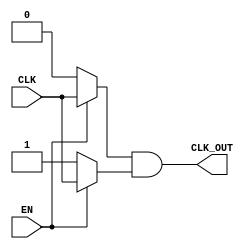
module clock_gating (
    input wire CLK,      // Primary clock signal
    input wire EN,       // Enable signal
    output wire CLK_OUT   // Gated clock output
);

    // Internal signals
    wire EN_B;           // Inverted enable signal

    // Invert the enable signal
    assign EN_B = ~EN;

    // Transmission gate implementation using reset logic
    wire CLK_PASS_nmos; // Intermediate signal for NMOS
    wire CLK_PASS_pmos; // Intermediate signal for PMOS

    // NMOS transmission gate
    assign CLK_PASS_nmos = EN ? CLK : 1'b0;

    // PMOS transmission gate
    assign CLK_PASS_pmos = EN_B ? 1'b1 : CLK;

    // Output of the clock gating module
    assign CLK_OUT = CLK_PASS_nmos & CLK_PASS_pmos;

endmodule